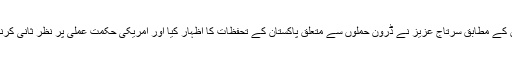
وزارتِ خارجہ کے بیان کے مطابق سرتاج عزیز نے ڈرون حملوں سے متعلق پاکستان کے تحفظات کا اظہار کیا اور امریکی حکمتِ عملی پر نظرِ ثانی کرنے کا مطالبہ بھی دہرایا۔